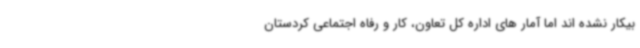
بیکار نشده اند اما آمار های اداره کل تعاون، کار و رفاه اجتماعی کردستان